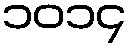
၁၀၁၄